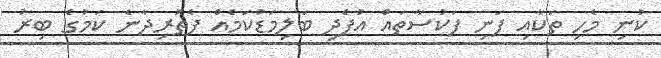
ކުނި މެހި ތަކާއި ފަނި ފަކުސާތައް އުފެދި ބަލިމަޑުކަމެއް ފެތުރިދާނެ ކަމުގެ ބިރު